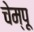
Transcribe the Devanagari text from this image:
चेम्पू